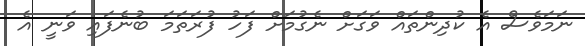
ނަމަވެސް އެ ކުދިންތައް ވަގަށް ނެގުމަށް ފަހު ފުރަތަމަ ބުނެފައި ވަނީ އެ